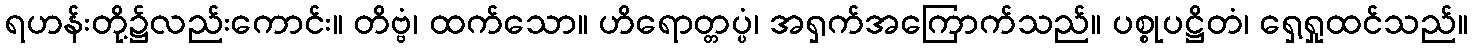
ရဟန်းတို့၌လည်းကောင်း။ တိဗ္ဗံ၊ ထက်သော။ ဟိရောတ္တပ္ပံ၊ အရှက်အကြောက်သည်။ ပစ္စုပဋ္ဌိတံ၊ ရှေ့ရှုထင်သည်။